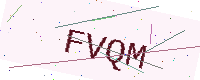
Text: FVQM